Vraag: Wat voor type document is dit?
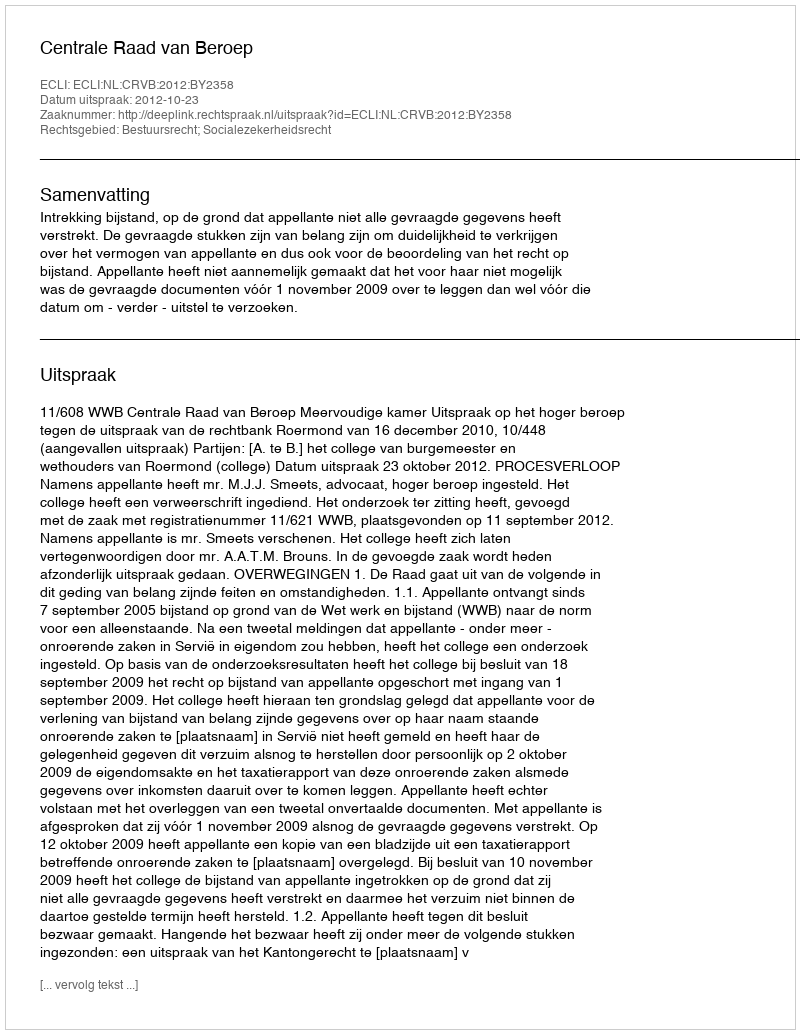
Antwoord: Uitspraak